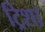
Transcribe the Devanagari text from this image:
ट्रिशा